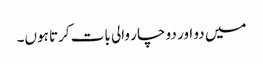
میں دو اور دو چار والی بات کرتا ہوں۔